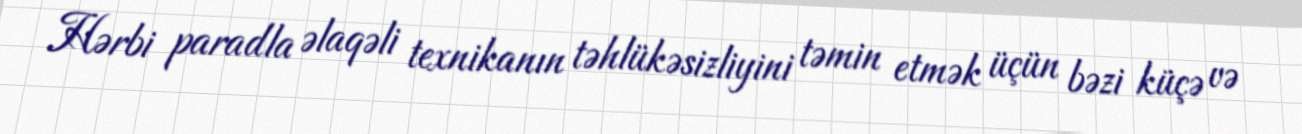
Hərbi paradla əlaqəli texnikanın təhlükəsizliyini təmin etmək üçün bəzi küçə və